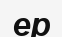
ер